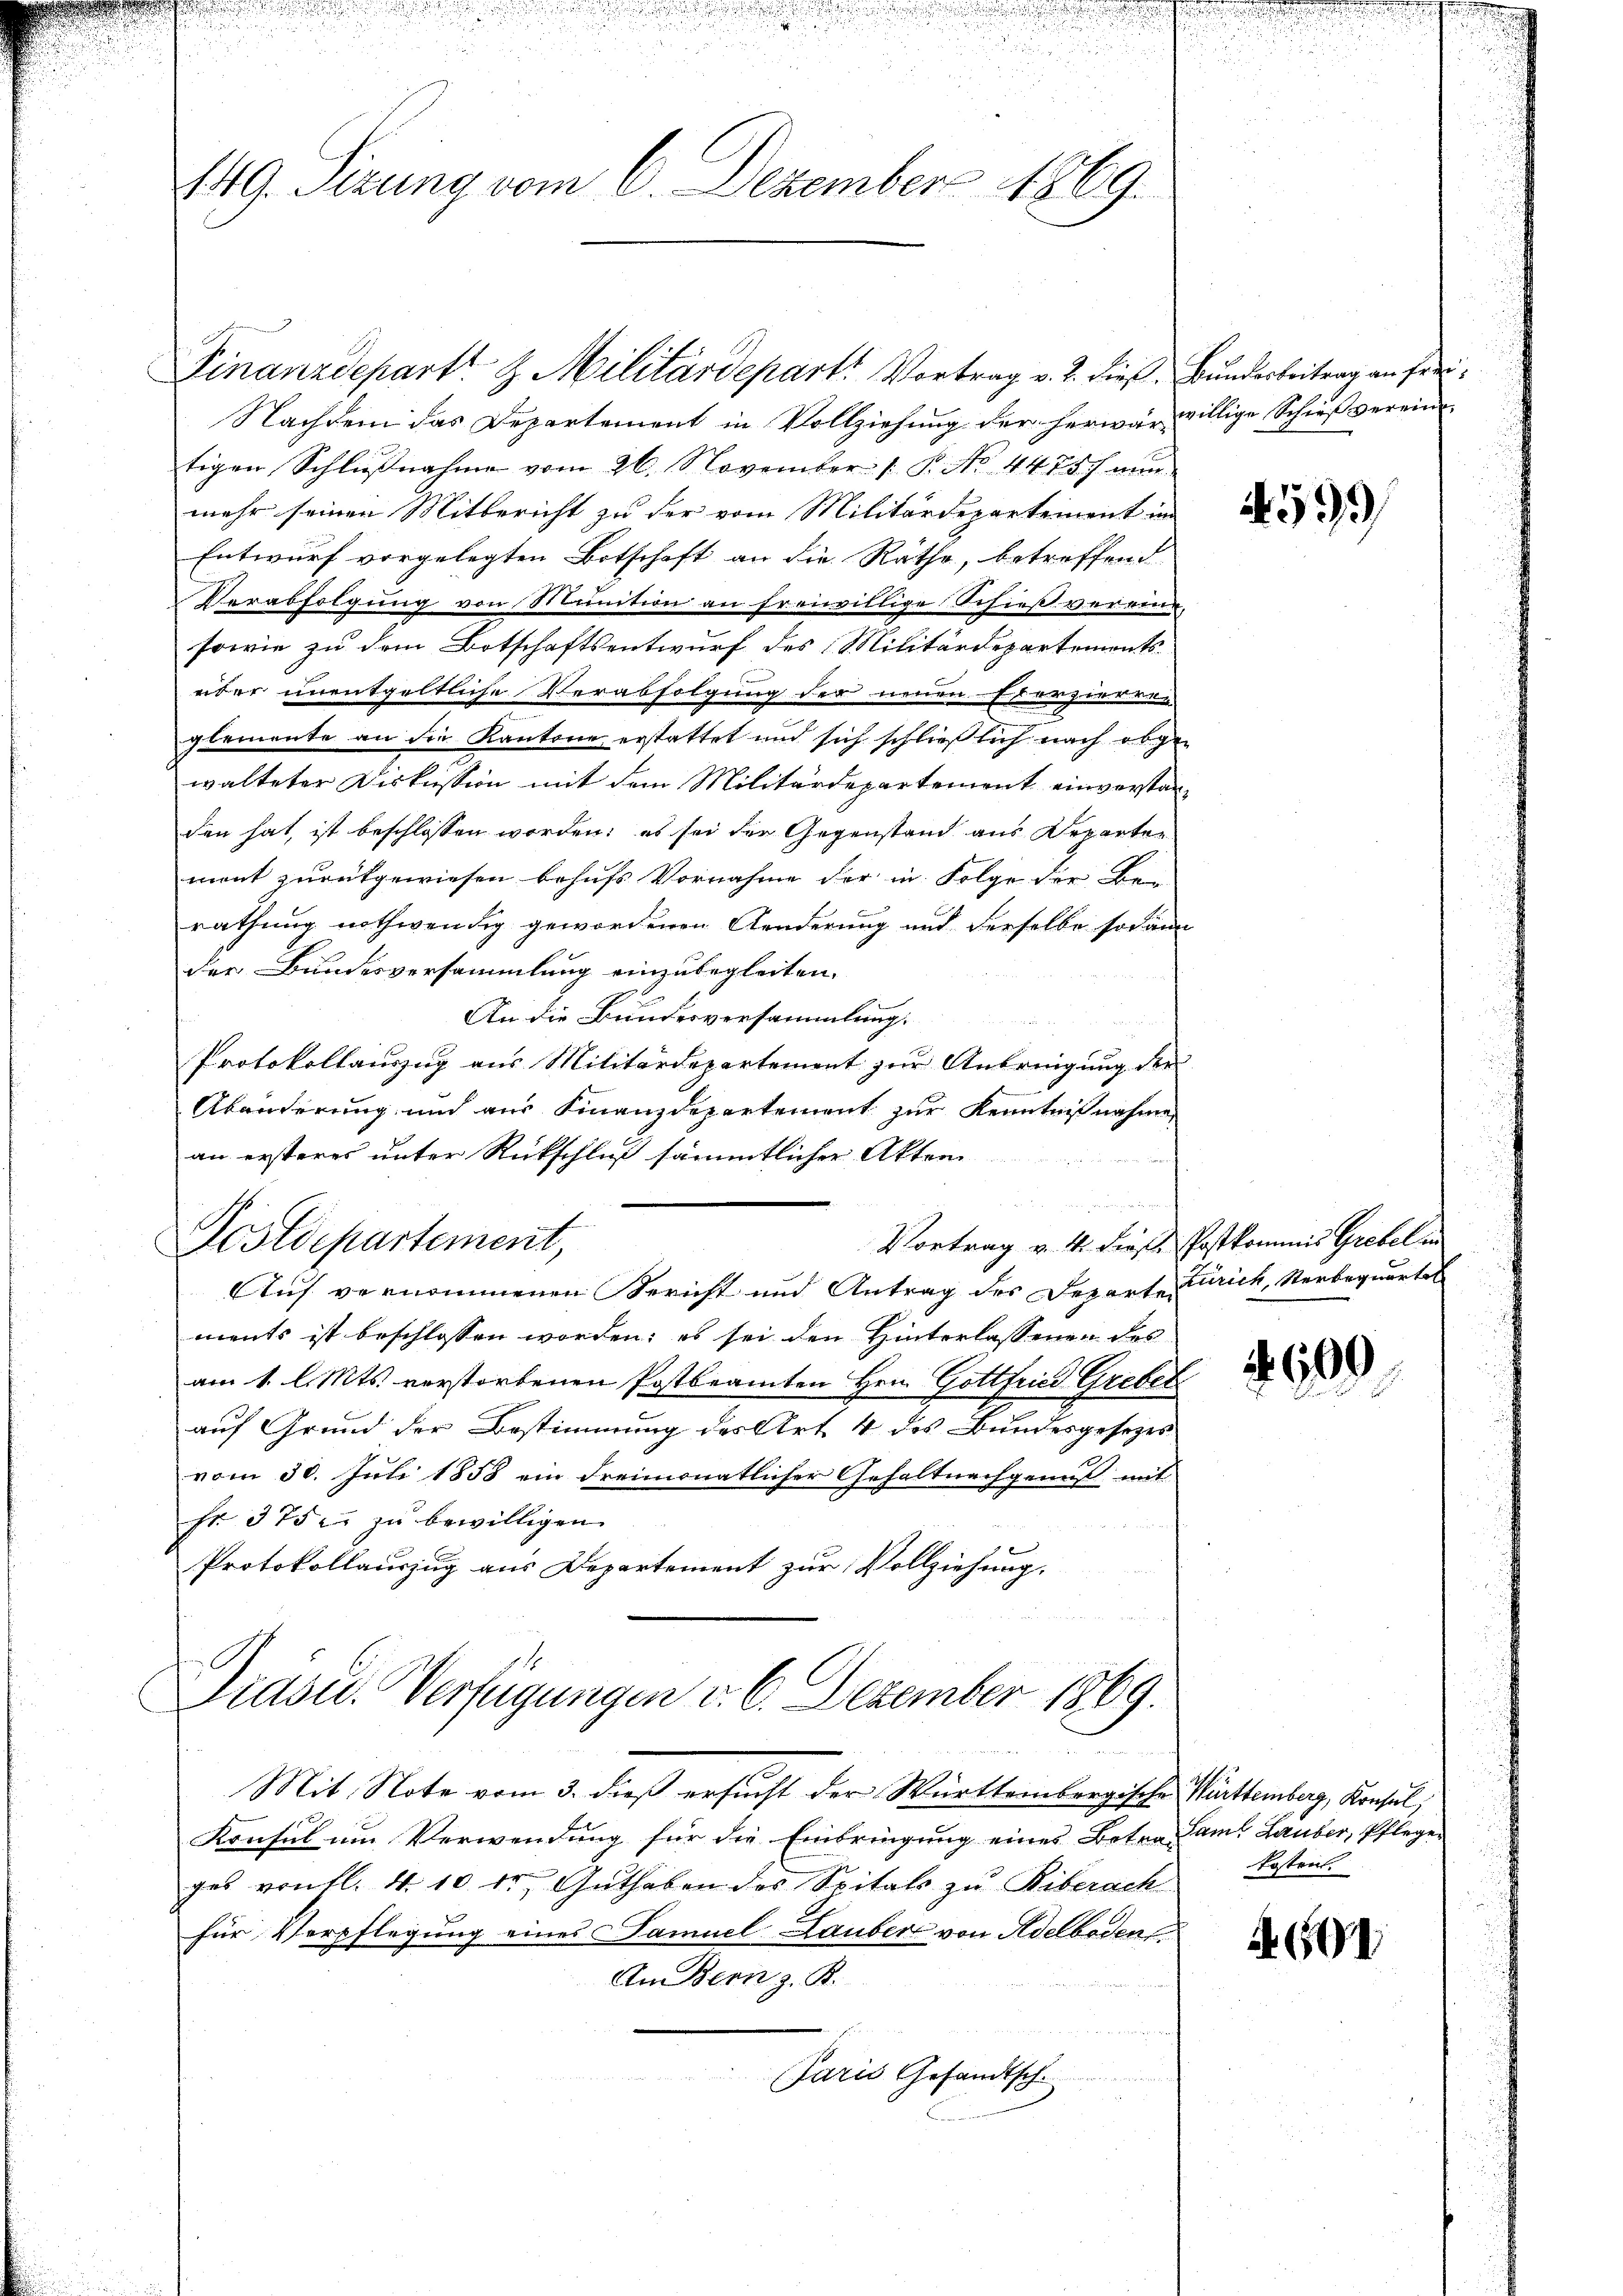
19. Sizung vom 6. Dezember 1869.

Finanzdepart & Militärdepart. Vortrag v. 2. dieß. Bunderbeitrag an fer¬
Nachdem das Departement in Vollziehŭng der herwär willige Schieβ vereine
tigen Schlŭβnahme vom 26. November 1 P. No. 4475) nun
mehr seinen Mitbericht zu der vom Militärdepartement in
Entwurf vorgelegten Botschaft an die Räthe, betreffend
Verabfolgung von Munition an freiwillige Schieß vereine,
sowie zu dem Botschaftsentwurf des Militärdepartements-
über unentgeltliche Verabfolgung der neuen Exerzierung
glemente an die Kantone erstattet und sich schließlich nach abge-
walteter Diskussion mit dem Militärdepartement einverstanden hat, ist beschlossen worden; es sei der Gegenstand aus Departen
mont zurükgewiesen behufs Vornahme der in Folge der Be-
rathung nothwendig gewordenen Aenderung und derselbe sodann
der Bundesversammlung einzubegleiten.
An die Bundesversammlung.
Protokollauszug aus Militärdepartement zur Anbringung der
Abänderung und aus Finanzdepartement zur Kenntnißnahme
an ersteres unter Rückschluß sämmtlicher Akten
Postdepartement,
Vortrag v. 4. dieß. Postkommis Grebel in
Auf vernommenen Bericht und Antrag des Departe Zürich, Sterbequartal
ments ist beschlossen worden; es sei den Hinterlassenen des
am 1. l. Mts. verstorbenen Postbeamten Hrn. Gottfried Grebel
auf Grund der Bestimmung des Art. 4 des Bundesgesetzes
vom 30. Juli 1858 ein dreimonatlicher Gehaltnachgenuß mit
Fr. 375. zu bewilligen.
Protokollauszug aus Departement zur Vollziehung.

Präsid. Verfügungen d. 6. Dezember 1869.
Re
Mit Note vom 3. dieß ersucht der Württembergische Württemberg, Konsul,

Konsul um Verwendung für die Einbringung eines Betra-Lamt Lauber, Pflege-
ges von fl. 4. 10 fr. Guthaben des Spitals zu Riberach
für Verpflegung eines Samuel Lauber von Adelboden
An Bern z. B.
Paris Gesandtsch.

4593/

600

kosten.

A60